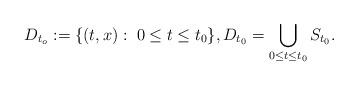
LaTeX: \begin{align*}D_{t_o}:= \{ (t,x):\; 0 \leq t \leq t_0 \}, D_{t_0}=\bigcup_{0\leq t \leq t_0} S_{t_0}.\end{align*}